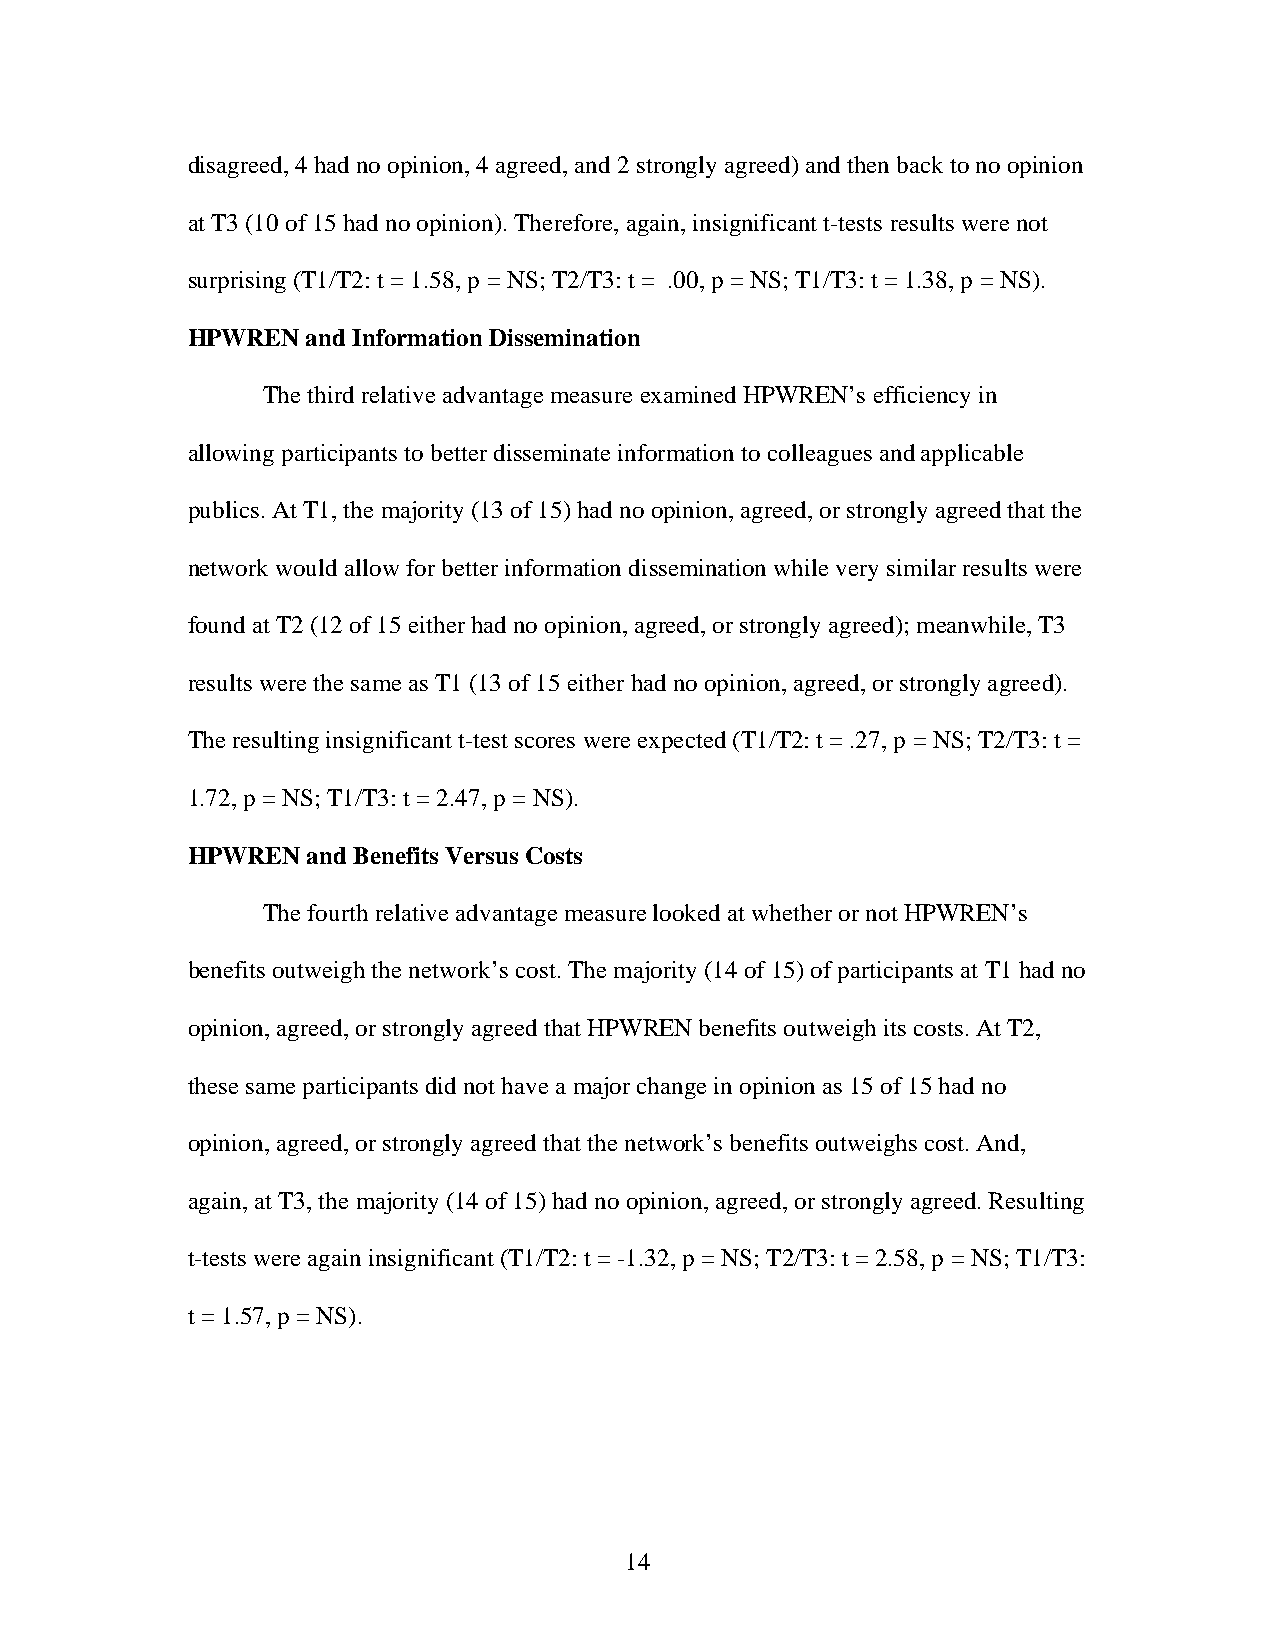
disagreed, 4 had no opinion, 4 agreed, and 2 strongly agreed) and then back to no opinion
 at T3 (10 of 15 had no opinion). Therefore, again, insignificant t-tests results were not
 surprising (T1/T2: t = 1.58, p = NS; T2/T3: t = .00, p = NS; T1/T3: t = 1.38, p = NS).
 HPWREN  and Information Dissemination
 The third relative advantage measure examined HPWREN’s efficiency in
 allowing participants to better disseminate information to colleagues and applicable
 publics. At T1, the majority (13 of 15) had no opinion, agreed, or strongly agreed that the
 network would allow for better information dissemination while very similar results were
 found at T2 (12 of 15 either had no opinion, agreed, or strongly agreed); meanwhile, T3
 results were the same as T1 (13 of 15 either had no opinion, agreed, or strongly agreed).
 The resulting insignificant t-test scores were expected (T1/T2: t = .27, p = NS; T2/T3: t =
 1.72, p = NS; T1/T3: t = 2.47, p = NS).
 HPWREN  and Benefits Versus Costs
 The fourth relative advantage measure looked at whether or not HPWREN’s
 benefits outweigh the network’s cost. The majority (14 of 15) of participants at T1 had no
 opinion, agreed, or strongly agreed that HPWREN benefits outweigh its costs. At T2,
 these same participants did not have a major change in opinion as 15 of 15 had no
 opinion, agreed, or strongly agreed that the network’s benefits outweighs cost. And,
 again, at T3, the majority (14 of 15) had no opinion, agreed, or strongly agreed. Resulting
 t-tests were again insignificant (T1/T2: t = -1.32, p = NS; T2/T3: t = 2.58, p = NS; T1/T3:
 t = 1.57, p = NS).
 14